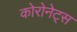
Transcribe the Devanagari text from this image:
कोरोनेट्स